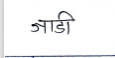
मजकूर: जाडी